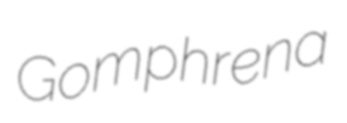
Gomphrena